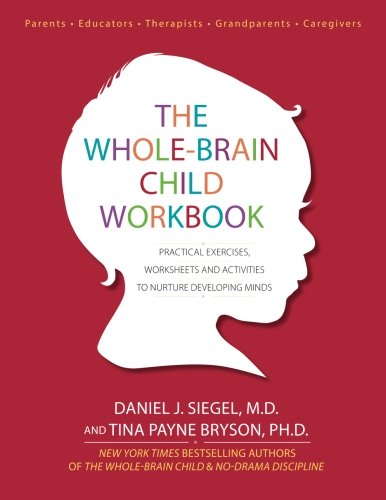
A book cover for The Whole-Brain Child Workbook: Practical Exercises, Worksheets and Activities to Nurture Developing Minds; Daniel J Siegel; Parenting & Relationships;